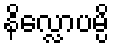
နိလ္လောပမ္ပိ